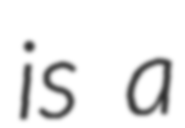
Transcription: is a